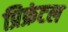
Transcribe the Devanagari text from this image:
प्रिफ्रंटल